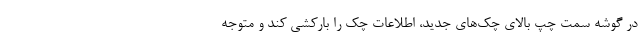
در گوشه سمت چپ بالای چک‌های جدید، اطلاعات چک را بارکشی کند و متوجه